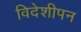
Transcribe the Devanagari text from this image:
विदेशीपन